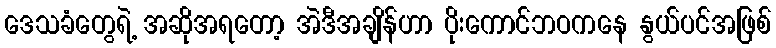
ဒေသခံတွေရဲ့ အဆိုအရတော့ အဲဒီအချိန်ဟာ ပိုးကောင်ဘဝကနေ နွယ်ပင်အဖြစ်